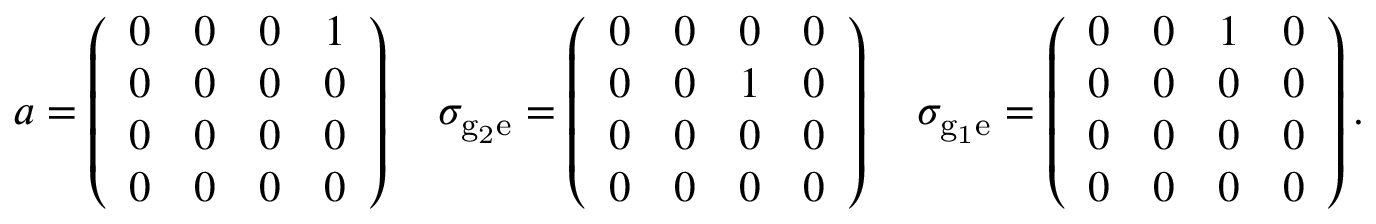
a = \left( \begin{array} { l l l l } { 0 } & { 0 } & { 0 } & { 1 } \\ { 0 } & { 0 } & { 0 } & { 0 } \\ { 0 } & { 0 } & { 0 } & { 0 } \\ { 0 } & { 0 } & { 0 } & { 0 } \end{array} \right) \quad \sigma _ { \mathrm { { g } _ { 2 } \mathrm { e } } } = \left( \begin{array} { l l l l } { 0 } & { 0 } & { 0 } & { 0 } \\ { 0 } & { 0 } & { 1 } & { 0 } \\ { 0 } & { 0 } & { 0 } & { 0 } \\ { 0 } & { 0 } & { 0 } & { 0 } \end{array} \right) \quad \sigma _ { \mathrm { { g } _ { 1 } \mathrm { e } } } = \left( \begin{array} { l l l l } { 0 } & { 0 } & { 1 } & { 0 } \\ { 0 } & { 0 } & { 0 } & { 0 } \\ { 0 } & { 0 } & { 0 } & { 0 } \\ { 0 } & { 0 } & { 0 } & { 0 } \end{array} \right) .